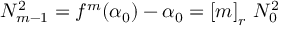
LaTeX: N _ { m - 1 } ^ { 2 } = f ^ { m } ( \alpha _ { 0 } ) - \alpha _ { 0 } = \left[ m \right] _ { r } \, N _ { 0 } ^ { 2 }